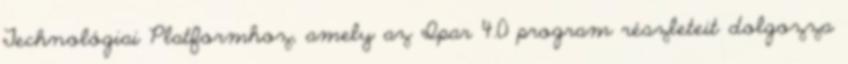
Technológiai Platformhoz, amely az Ipar 4.0 program részleteit dolgozza